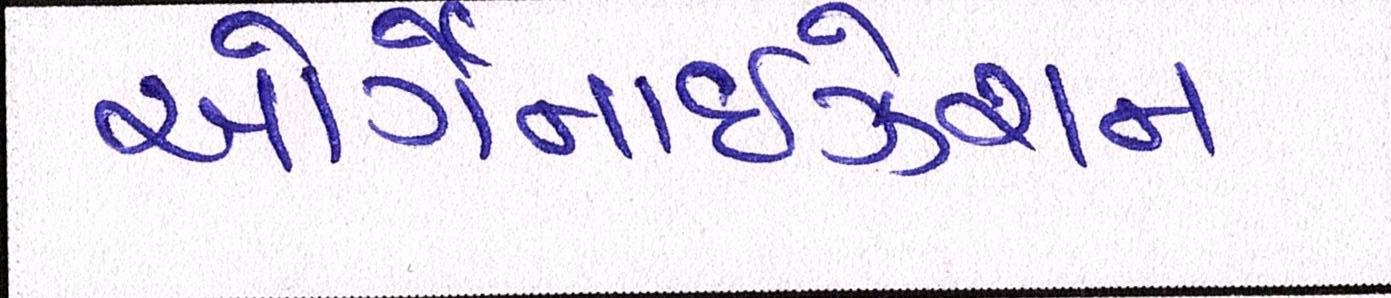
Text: ઓર્ગેનાઈઝેશન